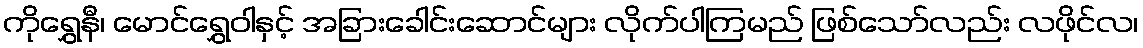
ကိုရွှေနီ၊ မောင်ရွှေဝါနှင့် အခြားခေါင်းဆောင်များ လိုက်ပါကြမည် ဖြစ်သော်လည်း လဖိုင်လ၊